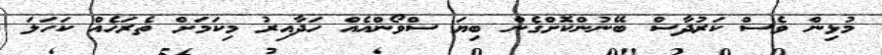
މުޅިން ވެސް ކަރުދާސް ބޭނުންކޮށްގެން ބިޔަ ސްވޯންއެއް ހަދާއިރު މިކަމަށް ތެރަހެއް ކަހަލަ